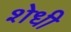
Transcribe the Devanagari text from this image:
शेधी